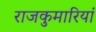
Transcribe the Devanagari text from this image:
राजकुमारियां